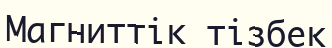
Магниттік тізбек